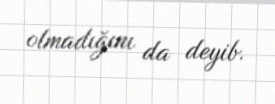
olmadığını da deyib.